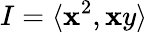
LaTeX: I=\langle\mathbf{x}^{2},\mathbf{x}y\rangle